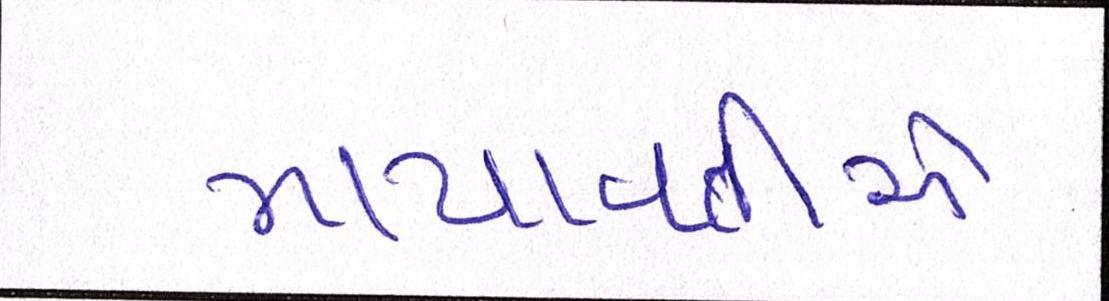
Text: માયાવતીએ